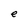
Character: e